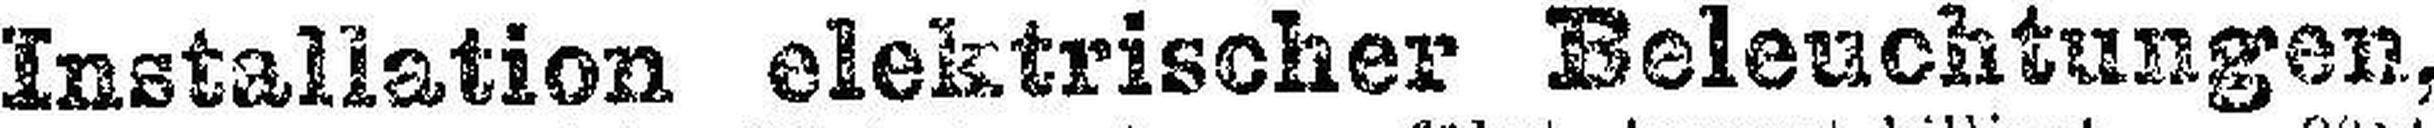
Installation elektrischer Beleuchtungen,